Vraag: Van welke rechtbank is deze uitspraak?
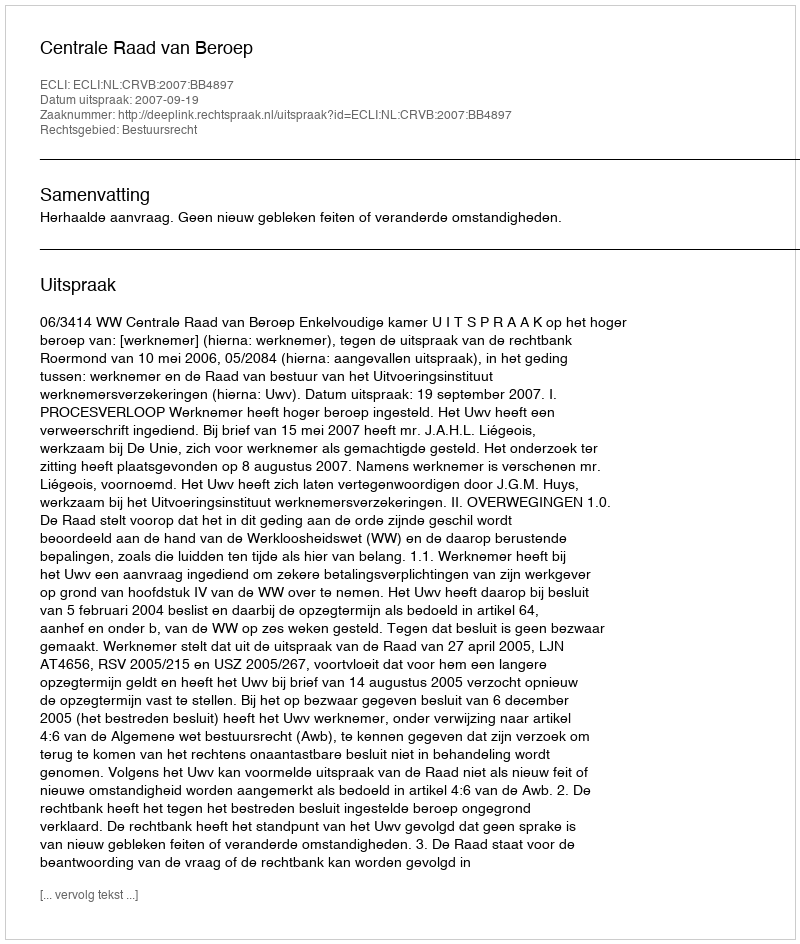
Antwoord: Centrale Raad van Beroep